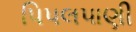
પિપલપાણી